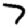
Digit: 7